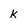
Character: k